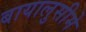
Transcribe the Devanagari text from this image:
बायालुसीमे